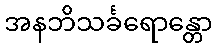
အနဘိသင်္ခရောန္တော